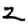
Digit: 2